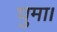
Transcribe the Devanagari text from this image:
घुमा।